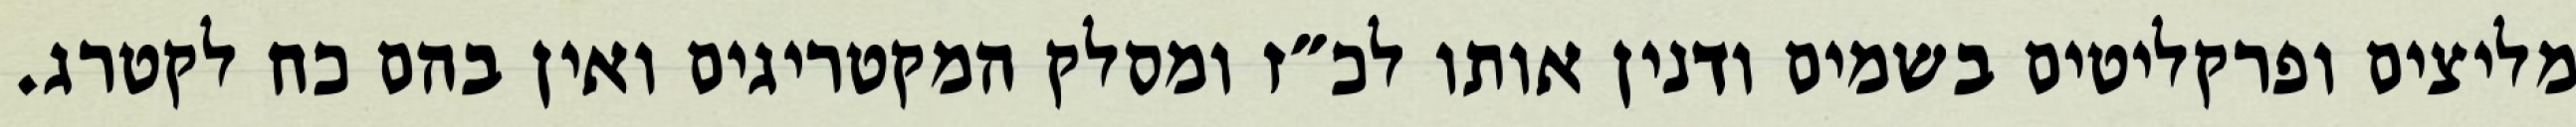
מליצים ופרקליטים בשמים ודנין אותו לכ״ז ומסלק המקטריגים ואין בהם כח לקטרג.